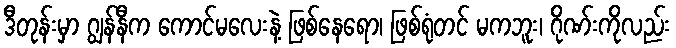
ဒီတုန်းမှာ ဂျွန်နီက ကောင်မလေးနဲ့ ဖြစ်နေရော၊ ဖြစ်ရုံတင် မကဘူး၊ ဂိုဏ်းကိုလည်း